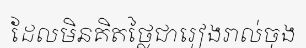
ដែលមិនគិតថ្លៃជារៀងរាល់ចុង